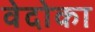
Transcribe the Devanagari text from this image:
वेदोका